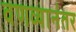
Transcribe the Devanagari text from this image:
वणव्यानंतर